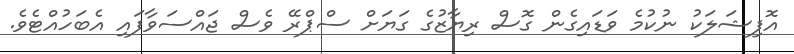
އޮފިޝަލަކު ނުކުމެ ވަޑައިގެން ގޮސް ރިޔާޒުގެ ގަޔަށް ސްޕްރޭ ވެސް ޖައްސަވާފައި އެބަހުއްޓެވެ.